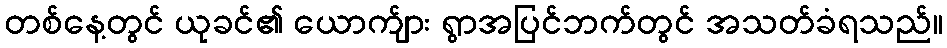
တစ်နေ့တွင် ယုခင်၏ ယောက်ျား ရွာအပြင်ဘက်တွင် အသတ်ခံရသည်။